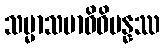
သမ္မာသမာဓိဝိပန္နဿ